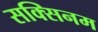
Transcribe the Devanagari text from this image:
सक्सिनम